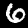
Label: 6